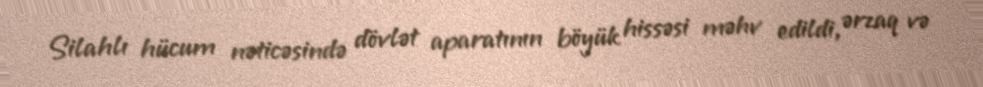
Silahlı hücum nəticəsində dövlət aparatının böyük hissəsi məhv edildi, ərzaq və